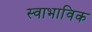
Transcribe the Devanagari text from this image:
स्‍वाभाविक